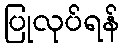
ပြုလုပ်ရန်